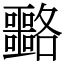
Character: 𡅡